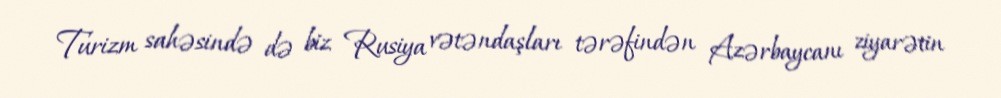
Turizm sahəsində də biz Rusiya vətəndaşları tərəfindən Azərbaycanı ziyarətin